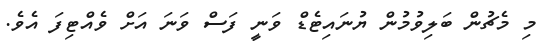
މި މެޗުން ބަލިވުމުން ޔުނައިޓެޑް ވަނީ ފަސް ވަނަ އަށް ވެއްޓިފަ އެވެ.